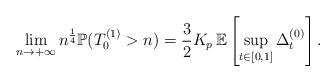
LaTeX: \begin{align*}\quad\lim_{n\rightarrow +\infty} n^{\frac 1 4}\mathbb P(T_0^{(1)}>n)=\frac 32K_p\, \mathbb E\left[\sup_{t\in[0,1]}\Delta^{(0)}_t\right].\end{align*}